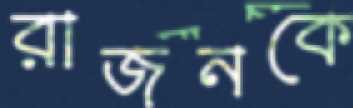
রাজনকে